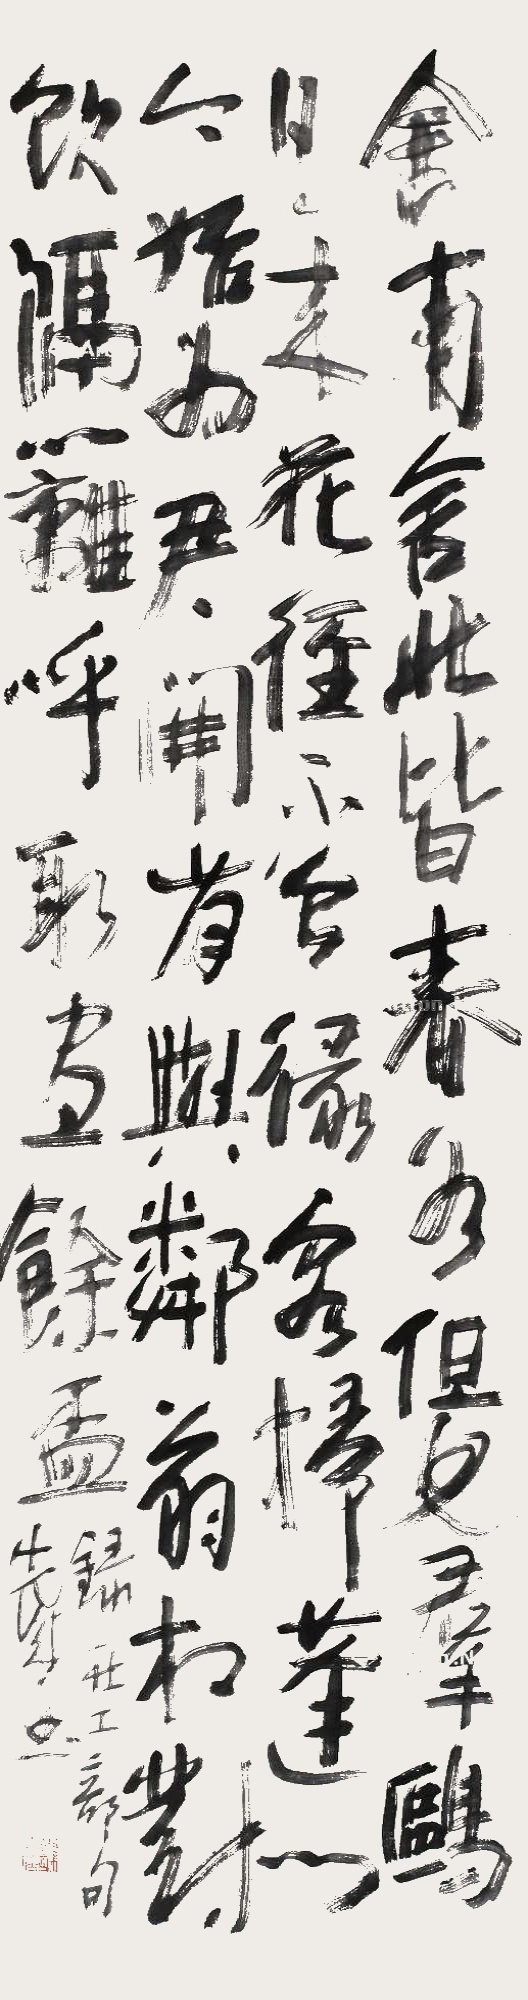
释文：舍南舍北皆春水，但见群鸥日日来。花径不曾缘客扫，蓬门今始为君开。肯与邻翁相对饮，隔篱呼取尽余杯。录杜工部句，先诚书。